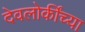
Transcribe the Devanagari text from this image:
देवलोकींच्या